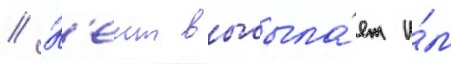
// К'еит высыла́ет и́м